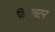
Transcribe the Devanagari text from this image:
फिंगलटन